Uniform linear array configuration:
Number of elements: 24
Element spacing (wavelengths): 1
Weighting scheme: kaiser
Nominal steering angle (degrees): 0
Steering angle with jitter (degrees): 0.0692
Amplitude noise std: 0.05
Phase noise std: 0.05

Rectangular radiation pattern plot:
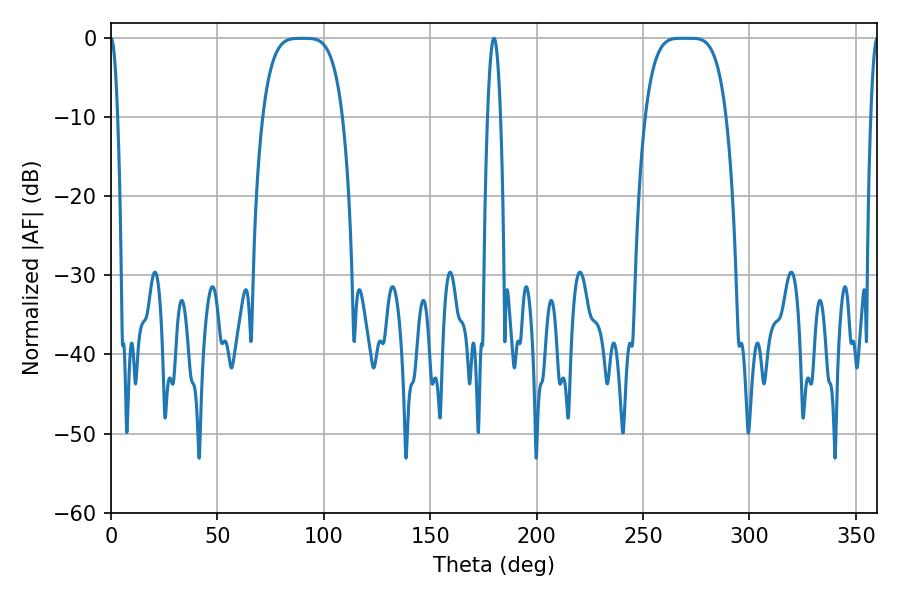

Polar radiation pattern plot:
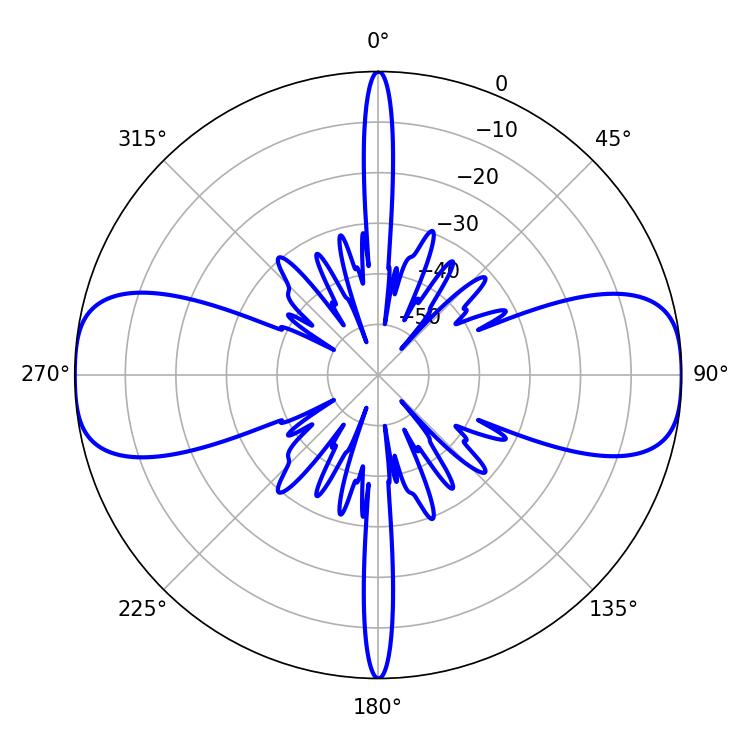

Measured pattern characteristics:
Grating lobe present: TRUE
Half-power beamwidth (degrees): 28.44
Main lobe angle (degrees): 267.66